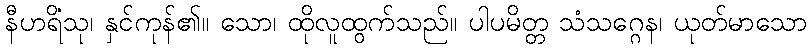
နီဟရိံသု၊ နှင်ကုန်၏။ သော၊ ထိုလူထွက်သည်။ ပါပမိတ္တ သံသဂ္ဂေန၊ ယုတ်မာသော